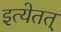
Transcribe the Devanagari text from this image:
इत्येतत्